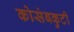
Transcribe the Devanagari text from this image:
कोसंबकुटी